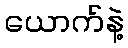
ယောက်နဲ့